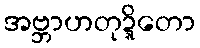
အဗ္ဘာဟတုဍ္ဍိတော